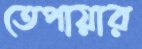
তেপায়ার